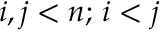
i , j < n ; \, i < j